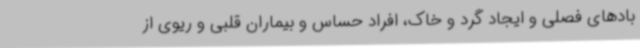
بادهای فصلی و ایجاد گرد و خاک، افراد حساس و بیماران قلبی و ریوی از